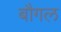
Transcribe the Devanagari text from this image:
बौगल